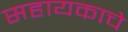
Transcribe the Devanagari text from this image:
सहायकाचे